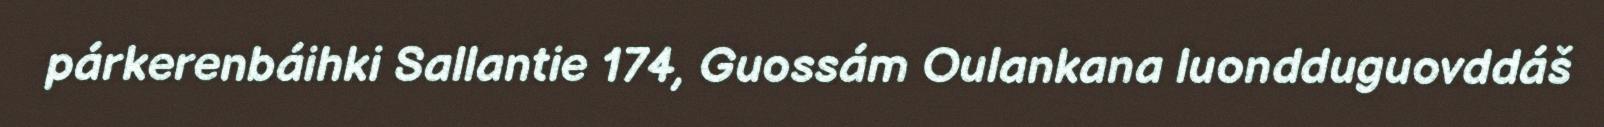
párkerenbáihki Sallantie 174, Guossám Oulankana luondduguovddáš